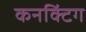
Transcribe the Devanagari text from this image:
कनक्टिंग